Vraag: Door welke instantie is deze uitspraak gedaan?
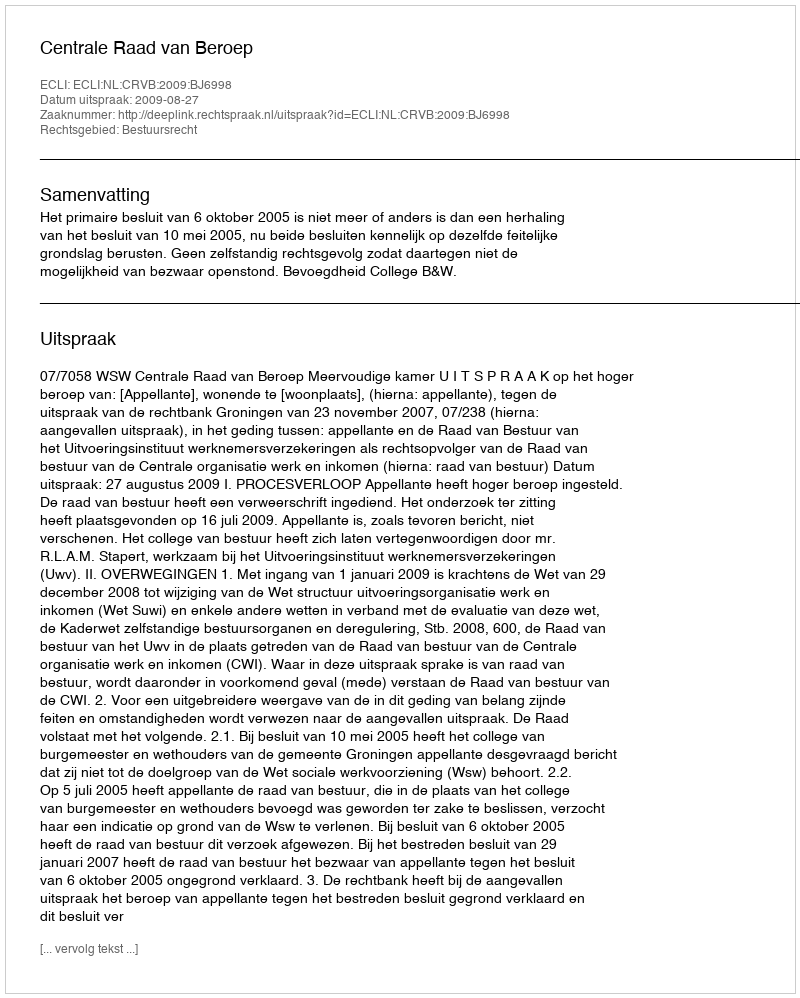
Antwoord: Centrale Raad van Beroep